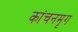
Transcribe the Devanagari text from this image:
कांचनमृग